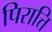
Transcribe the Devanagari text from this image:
पिरात्ति